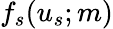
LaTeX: f_{s}(u_{s};m)